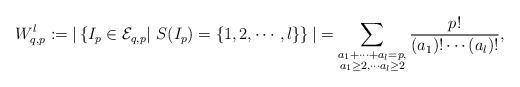
LaTeX: \begin{align*}W_{q,p}^l:=\vert \left\{I_p \in \mathcal{E}_{q, p} \vert \ S(I_p)=\{1, 2,\cdots, l\} \right\}\vert =\sum_{ \substack{ a_1+\cdots + a_l=p,\\a_1 \geq 2,\cdots a_l \geq 2}} \frac{p!}{(a_1)! \cdots (a_l)!},\end{align*}